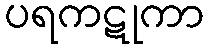
ပရကဋုကာ